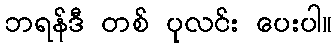
ဘရန်ဒီ တစ် ပုလင်း ပေးပါ။